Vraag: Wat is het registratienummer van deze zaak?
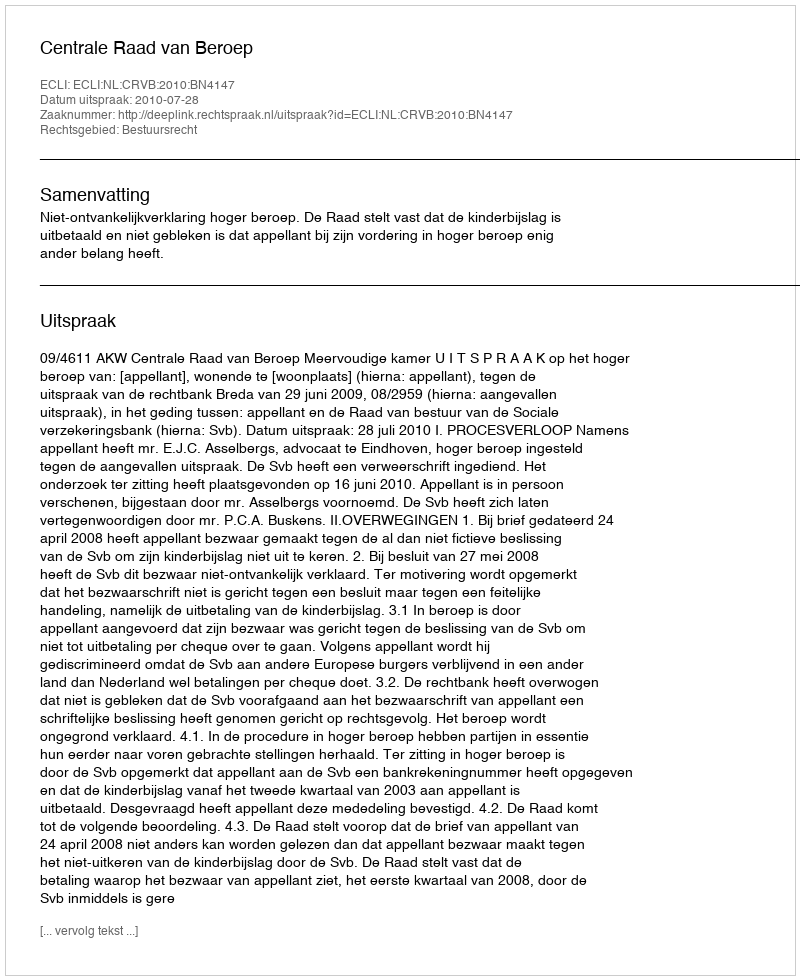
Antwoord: http://deeplink.rechtspraak.nl/uitspraak?id=ECLI:NL:CRVB:2010:BN4147